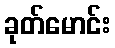
ခုတ်မောင်း